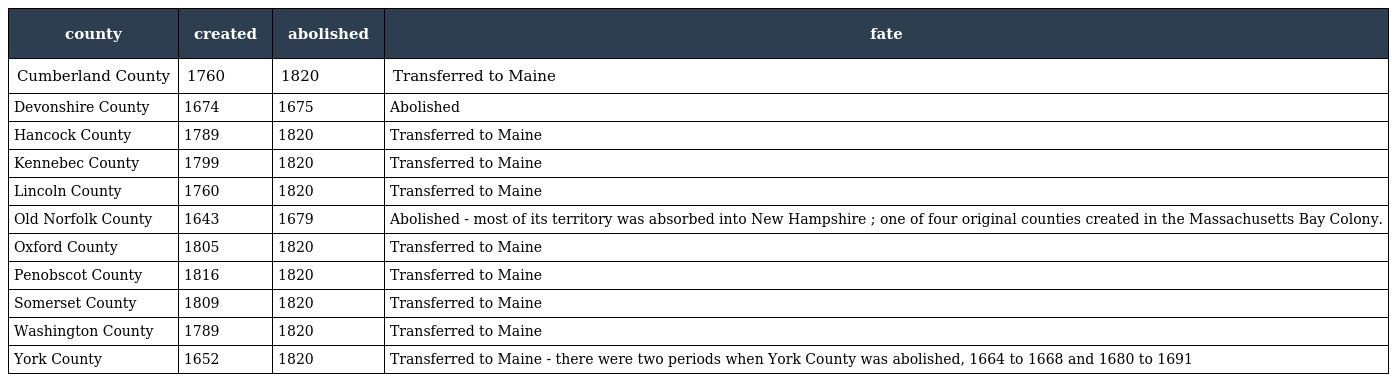
| county | created | abolished | fate |
 | --- | --- | --- | --- |
 | Cumberland County | 1760 | 1820 | Transferred to Maine |
 | Devonshire County | 1674 | 1675 | Abolished |
 | Hancock County | 1789 | 1820 | Transferred to Maine |
 | Kennebec County | 1799 | 1820 | Transferred to Maine |
 | Lincoln County | 1760 | 1820 | Transferred to Maine |
 | Old Norfolk County | 1643 | 1679 | Abolished - most of its territory was absorbed into New Hampshire ; one of four original counties created in the Massachusetts Bay Colony. |
 | Oxford County | 1805 | 1820 | Transferred to Maine |
 | Penobscot County | 1816 | 1820 | Transferred to Maine |
 | Somerset County | 1809 | 1820 | Transferred to Maine |
 | Washington County | 1789 | 1820 | Transferred to Maine |
 | York County | 1652 | 1820 | Transferred to Maine - there were two periods when York County was abolished, 1664 to 1668 and 1680 to 1691 |